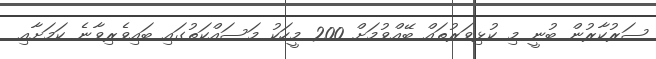
ސަރުކާރުން ބުނީ މި ކުޅިވަރުތައް ބޭއްވުމަށް 200 މީހަކު މަސައްކަތުގައި ބައިވެރިވާނެ ކަމަށާއި